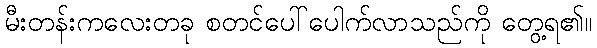
မီးတန်းကလေးတခု စတင်ပေါ်ပေါက်လာသည်ကို တွေ့ရ၏။